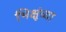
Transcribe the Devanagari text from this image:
भिक्षूंच्या